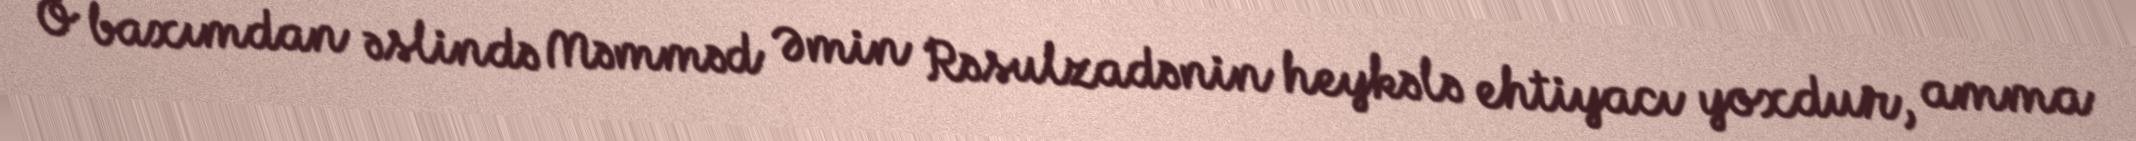
O baxımdan əslində Məmməd Əmin Rəsulzadənin heykələ ehtiyacı yoxdur, amma